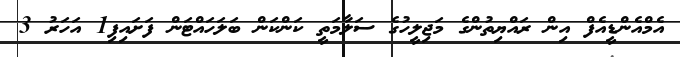
އެމްއެންޑީއެފް އިން ރައްޔިތުންގެ މަޖިލީހުގެ ސަލާމަތީ ކަންކަން ބަލަހައްޓަން ފަށައިފި1 އަހަރު 3